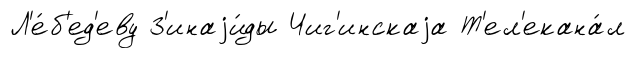
Л'е́б'ед'еву З'инаjи́ды Чиг'инскаjа Т'ел'екана́л